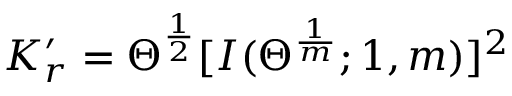
K _ { r } ^ { \prime } = \Theta ^ { \frac { 1 } { 2 } } [ I ( \Theta ^ { \frac { 1 } { m } } ; 1 , m ) ] ^ { 2 }